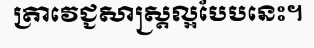
ត្រាវេជ្ជសាស្ត្រល្អបែបនេះ។